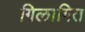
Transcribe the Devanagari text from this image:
गिलागित